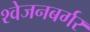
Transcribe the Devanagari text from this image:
श्‍वेजनबर्गर